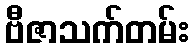
ဗီဇာသက်တမ်း